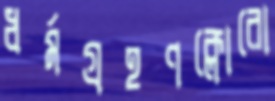
ধর্মগ্রহণক্লোরো